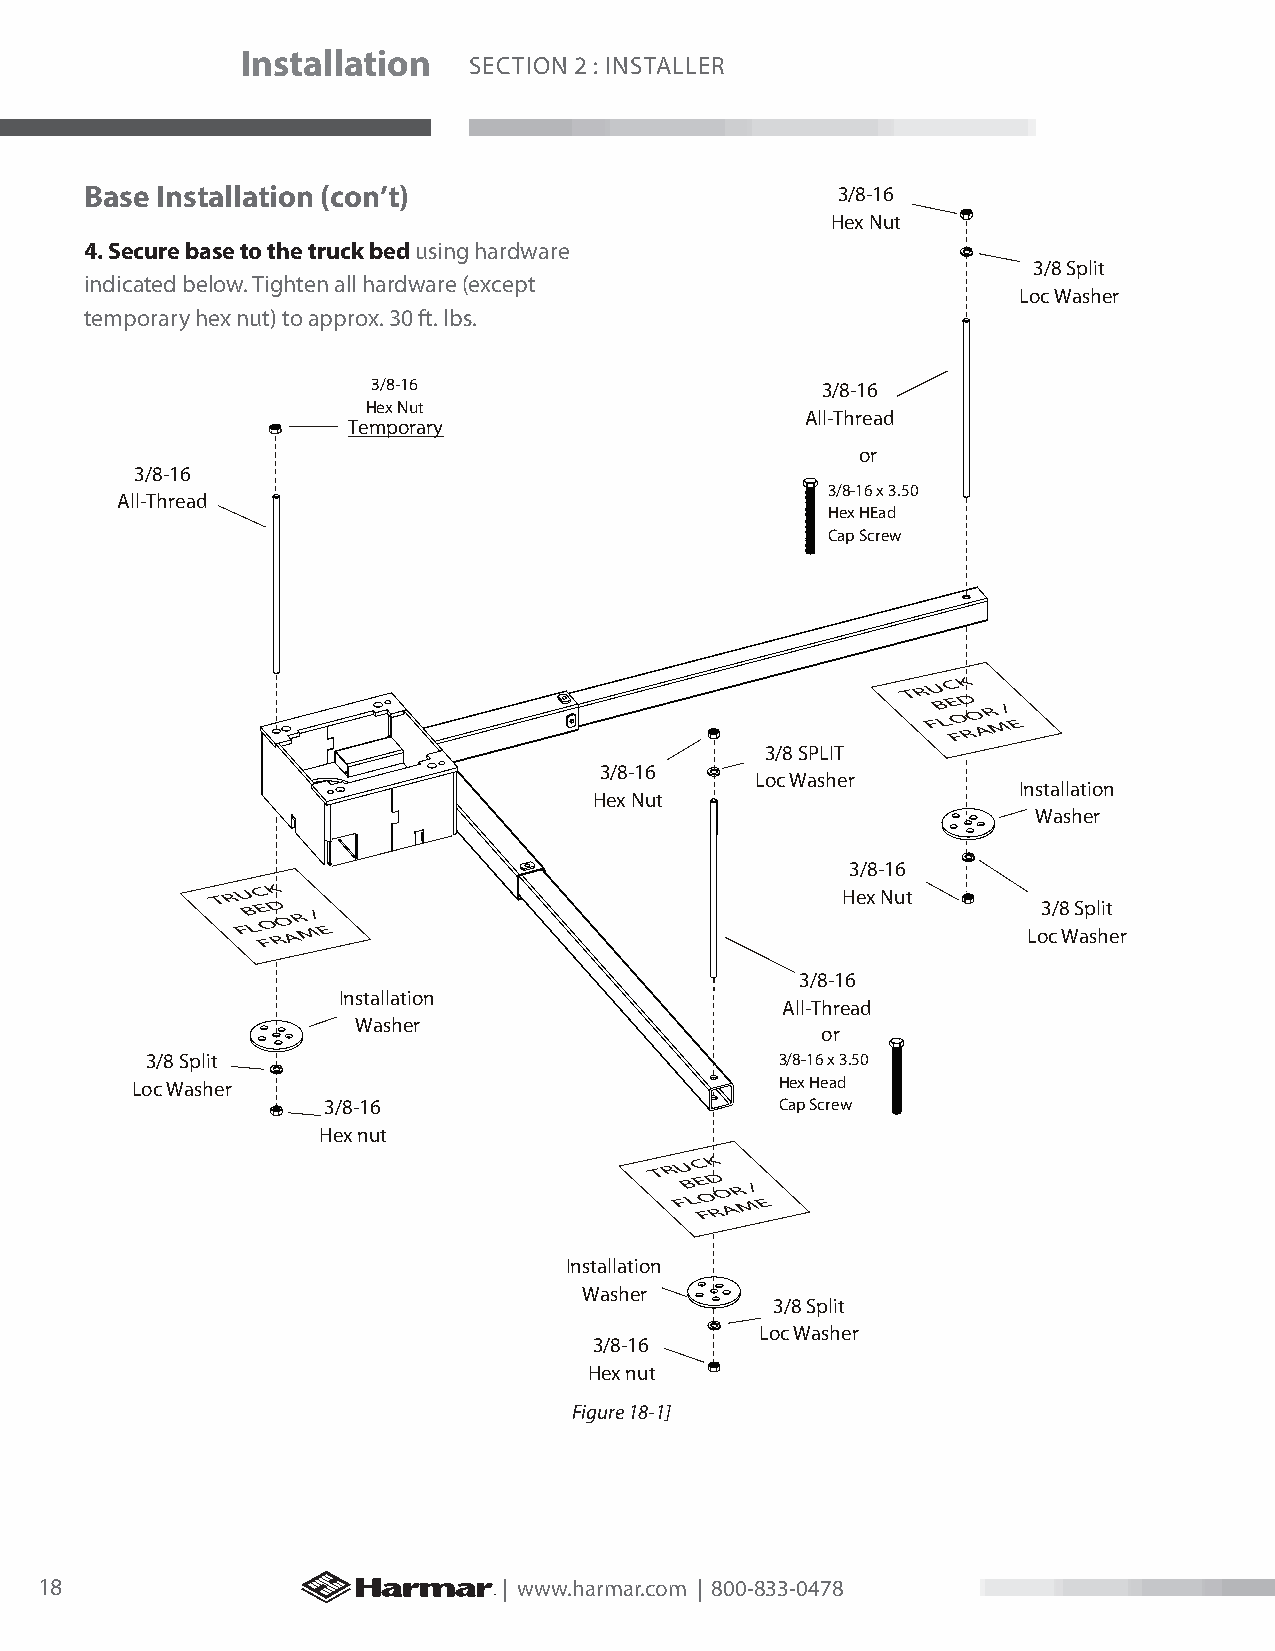
Installation
 SECTION 2 : INSTALLER
 Base Installation (con’t)                        3/8-16
 Hex Nut
 4. Secure base to the truck bed using hardware
 3/8 Split
 indicated below. Tighten all hardware (except
 Loc Washer
 temporary hex nut) to approx. 30 ft. lbs.
 3/8-16                       3/8-16
 Hex Nut
 All-Thread
 Temporary
 or
 3/8-16
 3/8-16 x 3.50
 All-Thread
 Hex HEad
 Cap Screw
 T R FU B LC E FOK D RO AR M/
 E
 3/8 SPLIT
 3/8-16
 Loc Washer
 Installation
 Hex Nut
 Washer
 3/8-16
 T R FU B LC E FOK D RO AR M/
 E
 Hex Nut     Lo3 c/ 8
 W
 S ap sl hit
 e r
 3/8-16
 Installation
 All-Thread
 Washer
 or
 3/8 Split                                 3/8-16 x 3.50
 Loc Washer                                 Hex Head
 3/8-16                         Cap Screw
 Hex nut
 T R FU B LC E FOK D RO AR M/
 E
 Installation
 Washer
 3/8 Split
 Loc Washer
 3/8-16
 Hex nut
 Figure 18-1]
 18                             | www.harmar.com | 800-833-0478